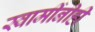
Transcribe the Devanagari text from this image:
स्वामींनीही